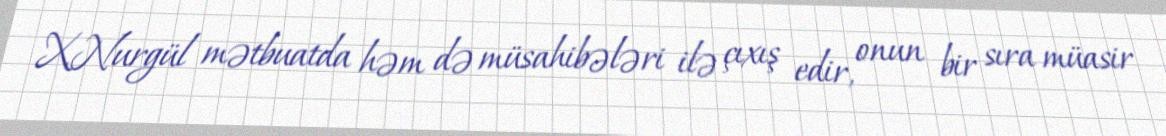
X.Nurgül mətbuatda həm də müsahibələri ilə çıxış edir, onun bir sıra müasir